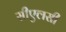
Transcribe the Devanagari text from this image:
सीएलसी